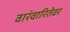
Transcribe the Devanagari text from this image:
वारंवारितेवर